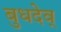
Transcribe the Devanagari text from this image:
बुधदेव्